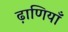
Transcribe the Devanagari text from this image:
ढ़ाणियाँ